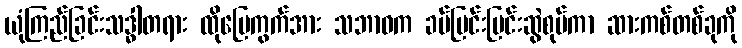
ယုံကြည်ခြင်းသဒ္ဓါတရား ထိုမြေကွက်အား သဘာဝက ခပ်ပြင်းပြင်းဆွဲစုပ်ကာ ဆားကစ်တစ်ခုကို